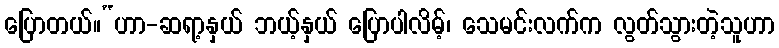
ပြောတယ်။“ဟာ-ဆရာ့နှယ် ဘယ့်နှယ် ပြောပါလိမ့်၊ သေမင်းလက်က လွတ်သွားတဲ့သူဟာ